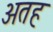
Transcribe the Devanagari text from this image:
अतह